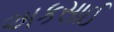
અકસાઈ